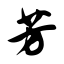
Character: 芳